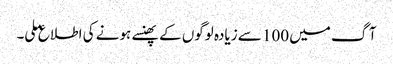
آگ میں 100 سے زیادہ لوگوں کے پھنسے ہونے کی اطلاع ملی۔